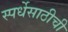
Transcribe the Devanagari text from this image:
स्पर्धेसाठीची